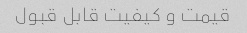
قیمت و کیفیت قابل قبول